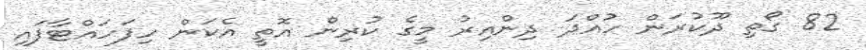
82 ގޯތި ދޫކުރަން ހުއްދަ ދިންއިރު މީގެ ކުރިން އޮތީ އެކަން ހިފަހައްޓާފައި